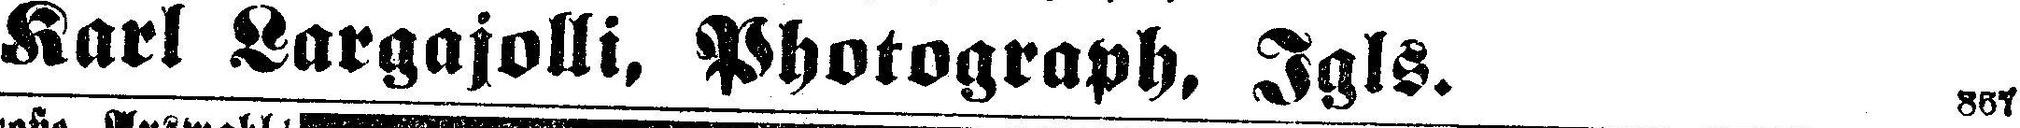
Karl Largajolli, Photograph, Jgls. 867